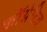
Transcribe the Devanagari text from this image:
कॉग्नेटिव